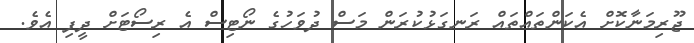
ޖޫރިމަނާކޮށް އެކަންތައްތައް ރަނގަޅުކުރަން މަސް ދުވަހުގެ ނޯޓިސް އެ ރިސޯޓަށް ދީފި އެވެ.